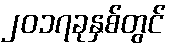
၂၀၁၇ခုနှစ်တွင်